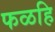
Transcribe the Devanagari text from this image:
फळहि